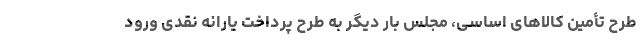
طرح تأمین کالاهای اساسی، مجلس بار دیگر به طرح پرداخت یارانه نقدی ورود